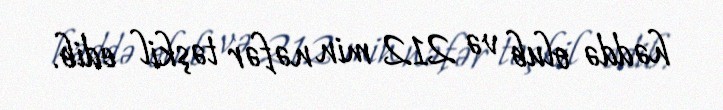
həddə olub və 212 min nəfər təşkil edib.